Report on vaccination in Madras 1895-1903 - 1895-1903
Year: 1895
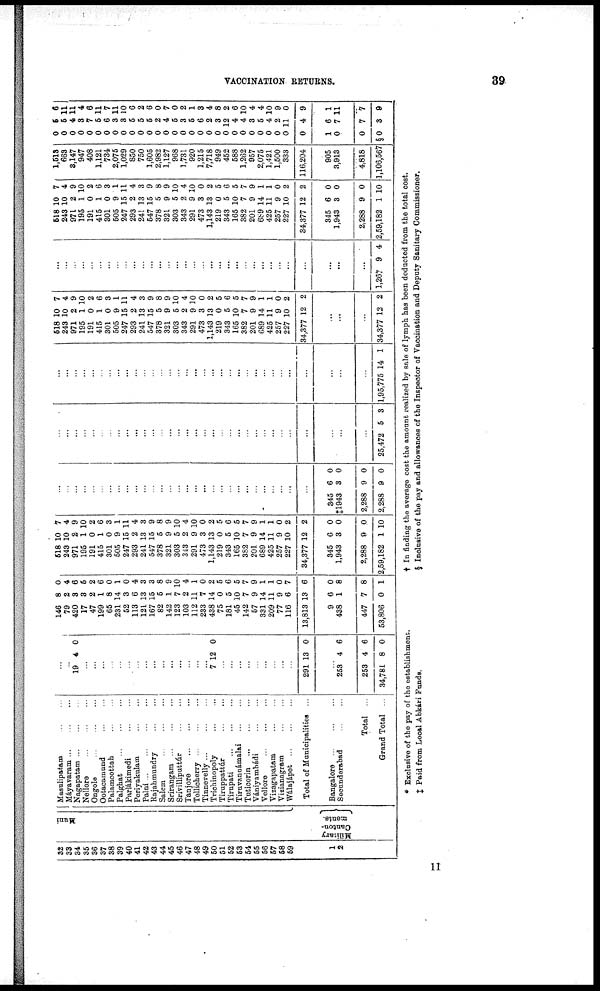
VACCINATION RETURNS.
39
32
33
34
35
36
37
38
39
40
41
42
43
44
45
46
47
48
49
50
51
52
53
54
55
56
57
58
59
2
Muni
Military
Canton-
ments.
Masulipatam... ...
Máyavaram ... ... ...
Nagapatam...
...
...
Nellore... ... ...
Ongole... ... ...
Ootacamund... ...
Palamcottah... ...
Palghat... ... ...
Parlákimedi...
...
Periyakulatn...
...
Palni...
...
...
...
Rajahmundry...
...
Salem... ... ...
Srírangam... ... ...
Srívilliputtúr...
...
Tanjore... ...
Tellicherry...
...
...
Tinnevelly...
...
...
Trichinopoly... ...
Tiruppattúr... ...
Tirúpati...
...
...
Tiruvanuámalai...
...
Tuticorin...
...
...
Vaniyambádi...
...
Vellore...
...
...
Vizagapatam...
...
Vizianagram...
...
Wálajápet...
...
...
Total of Municipalities ...
Bangalore...
...
...
Secunderabad...
...
Total ...
Grand Total ...
...
...
19 4 0
...
...
...
...
...
...
...
...
...
...
...
...
...
...
...
7 12 0
...
...
...
...
...
...
...
...
...
291 13 0
...
253
253
34,781
4
4
8
6
6
0
146
79
420
17
47
199
65
231
52
113
121
167
82
142
123
103
112
233
438
75
181
45
142
57
331
209
77
116
13,813
9
438
447
53,806
8
2
3
3
2
1
8
14
3
6
13
15
5
1
7
2
11
7
14
0
5
10
7
9
14
11
9
6
13
6
1
7
0
0
4
6
5
2
6
0
1
0
4
3
3
8
9
10
4
1
0
2
5
6
5
7
9
1
1
0
7
6
0
8
8
1
518
243
971
195
191
415
301
505
247
293
241
547
378
321
303
343
291
473
1,143
219
343
165
382
201
689
425
257
227
34,377
345
1,943
2,288
2,59,182
10
10
2
1
0
1
0
9
15
2
13
15
5
9
5
2
9
3
13
0
5
10
7
9
14
11
9
10
12
6
3
9
1
7
4
9
10
2
6
3
1
11
4
3
9
8
9
10
4
10
0
2
5
6
5
7
9
1
1
0
2
2
0
0
0
10
...
...
...
...
...
...
...
...
...
...
...
...
...
...
...
...
...
...
...
...
...
...
...
...
...
...
...
...
...
345
‡1943
2,288
2,288
6
3
9
9
0
0
0
0
...
...
...
...
...
...
...
...
...
...
...
...
...
...
...
...
...
...
...
...
...
...
...
...
...
...
...
...
...
...
...
...
25,472 5 3
...
...
...
...
...
...
...
...
...
...
...
...
...
...
...
...
...
...
...
...
...
...
...
...
...
...
...
...
...
...
...
...
1,95,775 14 1
518
243
971
195
191
415
301
505
247
293
241
547
378
321
303
343
291
473
1,143
219
343
165
382
201
689
425
257
227
34,377
10
10
2
1
0
1
0
9
15
2
13
15
5
9
5
2
9
3
13
0
5
10
7
9
14
11
9
10
12
7
4
9
10
2
6
3
1
11
4
3
9
8
9
10
4
10
0
2
5
6
5
7
9
1
1
0
2
2
...
...
...
34,377 12 2
...
...
...
...
...
...
...
...
...
...
...
...
...
...
...
...
...
...
...
...
...
...
...
...
...
...
...
...
...
...
...
...
1,267 9 4
618
243
971
195
191
415
301
505
247
293
241
547
378
321
303
343
291
473
1,143
219
343
165
382
201
689
425
257
227
34,377
345
1,943
2,288
2,59,182
10
10
2
1
0
1
0
9
15
2
13
15
5
9
5
2
9
3
13
0
5
10
7
9
14
11
9
10
12
6
3
9
1
7
4
9
10
2
6
3
1
11
4
3
9
8
9
10
4
10
0
2
5
6
5
7
9
1
1
0
2
2
0
0
0
10
1,513
663
3,147
947
408
1,121
734
2,075
1,029
850
750
1,605
2,982
1,127
968
1,731
920
1,215
7,718
949
452
588
1,262
957
2,075
1,421
1,500
333
116,204
905
3,913
4,818
1,106,567
0
0
0
0
0
0
0
0
0
0
0
0
0
0
0
0
0
0
0
0
0
0
0
0
0
0
0
0
0
1
0
0
§0
5
5
4
3
7
5
6
3
8
5
5
5
2
4
5
3
5
6
2
3
12
4
4
3
5
4
2
11
4
6
7
7
3
6
11
11
4
6
11
7
11
10
6
2
6
0
7
0
2
1
8
4
8
2
6
10
4
4
10
9
0
9
1
11
7
9
* Exclusive of the pay of the establishment.
† In finding the average cost the amount realized by sale of lymph has been deducted from the total cost.
‡ Paid from Local Abkári Funds.
§ Inclusive of the pay and allowances of the Inspector of Vaccination and Deputy Sanitary Commissioner.
11